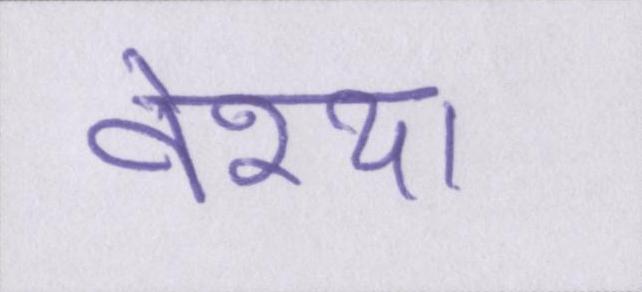
वेश्या